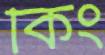
কিং